Vaccination in the Punjab 1883-1896 - 1883-1896
Year: 1883
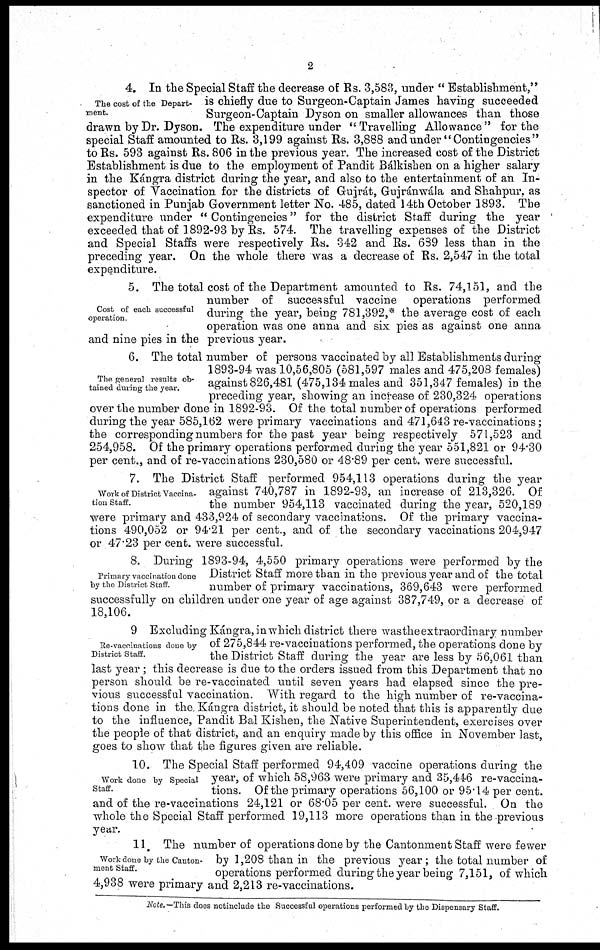
2
The cost of the Depart-
ment.
4. In the Special Staff the decrease of Rs. 3,583, under " Establishment,"
is chiefly due to Surgeon-Captain James having succeeded
Surgeon-Captain Dyson on smaller allowances than those
drawn by Dr. Dyson. The expenditure under "Travelling Allowance" for the
special Staff amounted to Rs. 3,199 against Rs. 3,888 and under "Contingencies"
to Rs. 593 against Rs. 806 in the previous year. The increased cost of the District
Establishment is due to the employment of Pandit Bálkishen on a higher salary
in the Kángra district during the year, and also to the entertainment of an In-
spector of Vaccination for the districts of Gujrát, Gujránwála and Shahpur, as
sanctioned in Punjab Government letter No. 485, dated 14th October 1893. The
expenditure under " Contingencies" for the district Staff during the year
exceeded that of 1892-93 by Rs. 574. The travelling expenses of the District
and Special Staffs were respectively Rs. 342 and Rs. 689 less than in the
preceding year. On the whole there was a decrease of Rs. 2,547 in the total
expenditure.
Cost of each successful
operation.
5. The total cost of the Department amounted to Rs. 74,151, and the
number of successful vaccine operations performed
during the year, being 781,392,* the average cost of each
operation was one anna and six pies as against one anna
and nine pies in the previous year.
The general results ob-
tained during the year.
6. The total number of persons vaccinated by all Establishments during
1893-94 was 10,56,805 (581,597 males and 475,208 females)
against 826,481 (475,134 males and 351,347 females) in the
preceding year, showing an increase of 230,324 operations
over the number done in 1892-93. Of the total number of operations performed
during the year 585,162 were primary vaccinations and 471,643 re-vaccinations;
the corresponding numbers for the past year being respectively 571,523 and
254,958. Of the primary operations performed during the year 551,821 or 94.30
per cent., and of re-vaccinations 230,580 or 48.89 per cent. were successful.
Work of District Vaccina-
tion Staff.
7. The District Staff performed 954,113 operations during the year
against 740,787 in 1892-93, an increase of 213,326. Of
the number 954,113 vaccinated during the year, 520,189
were primary and 433,924 of secondary vaccinations. Of the primary vaccina-
tions 490,052 or 94.21 per cent., and of the secondary vaccinations 204,947
or 47.23 per cent. were successful.
Primary vaccination done
by the District Staff.
8. During 1893-94, 4,550 primary operations were performed by the
District Staff more than in the previous year and of the total
number of primary vaccinations, 369,643 were performed
successfully on children under one year of age against 387,749, or a decrease of
18,106.
Re-vacoinations done by
District Staff.
9 Excluding Kángra, in which district there was the extraordinary number
of 275,844 re-vaccinations performed, the operations done by
the District Staff during the year are less by 56,061 than
last year; this decrease is due to the orders issued from this Department that no
person should be re-vaccinated until seven years had elapsed since the pre-
vious successful vaccination. With regard to the high number of re-vaccina-
tions done in the Kángra district, it should be noted that this is apparently due
to the influence, Pandit Bal Kishen, the Native Superintendent, exercises over
the people of that district, and an enquiry made by this office in November last,
goes to show that the figures given are reliable.
Work done by Special
Staff.
10. The Special Staff performed 94,409 vaccine operations during the
year, of which 58,963 were primary and 35,446 re-vaccina-
tions. Of the primary operations 56,100 or 95.14 per cent.
and of the re-vaccinations 24,121 or 68.05 per cent. were successful. On the
whole the Special Staff performed 19,113 more operations than in the previous
year.
Work done by the Canton-
ment Staff.
11. The number of operations done by the Cantonment Staff were fewer
by 1,208 than in the previous year; the total number of
operations performed during the year being 7,151, of which
4,938 were primary and 2,213 re-vaccinations.
Note.— This does notinclude the Successful operations performed by the Dispensary Staff.